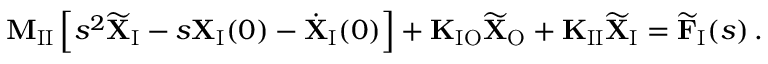
\mathbf { M } _ { \mathrm { I I } } \left[ s ^ { 2 } \widetilde { \mathbf { X } } _ { \mathrm { I } } - s \mathbf { X } _ { \mathrm { I } } ( 0 ) - \dot { \mathbf { X } } _ { \mathrm { I } } ( 0 ) \right] + \mathbf { K } _ { \mathrm { I O } } \widetilde { \mathbf { X } } _ { \mathrm { O } } + \mathbf { K } _ { \mathrm { I I } } \widetilde { \mathbf { X } } _ { \mathrm { I } } = \widetilde { \mathbf { F } } _ { \mathrm { I } } ( s ) \, .